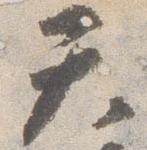
天